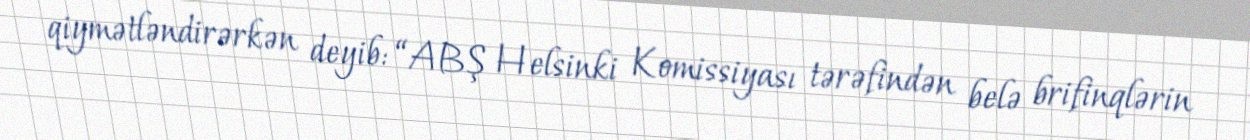
qiymətləndirərkən deyib: “ABŞ Helsinki Komissiyası tərəfindən belə brifinqlərin